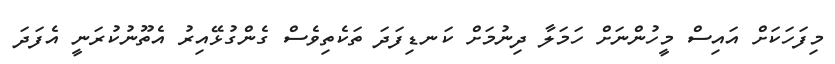
މިފަހަކަށް އައިސް މީހުންނަށް ހަމަލާ ދިނުމަށް ކަނޑިފަދަ ތަކެތިވެސް ގެންގުޅޭއިރު އެތޫނުކުރަނީ އެފަދަ